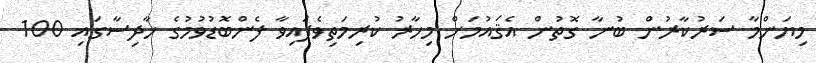
މިޔަންމާ ސަރުކާރުން ބުނާ ގޮތުން އެޤައުމަށް މިހާރު ކުރިމަތިވެފައިވާ ފެންބޮޑުވުމުގެ ހާދިސާގައި 100